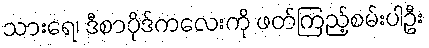
သားရေ၊ ဒီစာပိုဒ်ကလေးကို ဖတ်ကြည့်စမ်းပါဦး